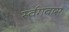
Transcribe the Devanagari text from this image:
र्स्वगवास